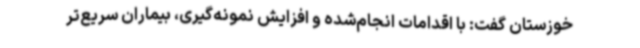
خوزستان گفت: با اقدامات انجام‌شده و افزایش نمونه‌گیری، بیماران سریع‌تر